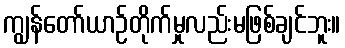
ကျွန်တော်ယာဉ်တိုက်မှုလည်းမဖြစ်ချင်ဘူး။